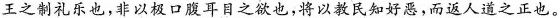
王之制礼乐也，非以极口腹耳目之欲也，将以教民知好恶，而返人道之正也。